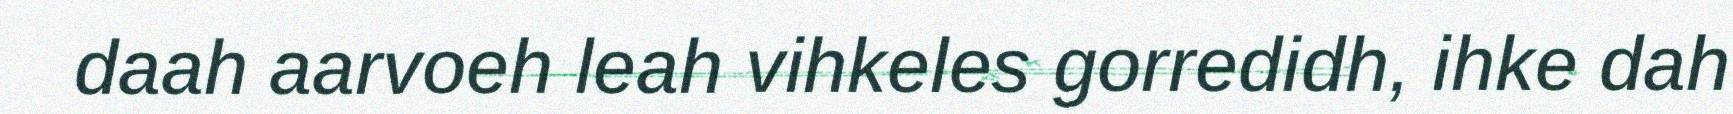
daah aarvoeh leah vihkeles gorredidh, ihke dah